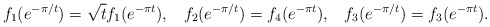
\begin{align*}f_1(e^{-\pi/t}) = \sqrt{t} f_1(e^{-\pi t}),\;\;\;f_2(e^{-\pi/t}) = f_4(e^{-\pi t}),\;\;\;f_3(e^{-\pi/t}) = f_3(e^{-\pi t}).\end{align*}